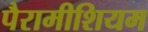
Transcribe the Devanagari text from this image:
पैरामीशियम